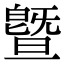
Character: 曁